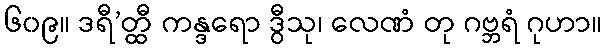
၆၀၉။ ဒရီ’တ္ထီ ကန္ဒရော ဒွီသု၊ လေဏံ တု ဂဗ္ဘရံ ဂုဟာ။